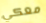
معكي